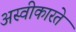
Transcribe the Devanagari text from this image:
अस्‍वीकारते